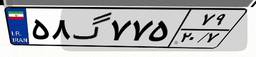
۶۶گ۲۶۶۴۰